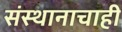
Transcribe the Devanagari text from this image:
संस्थानाचाही